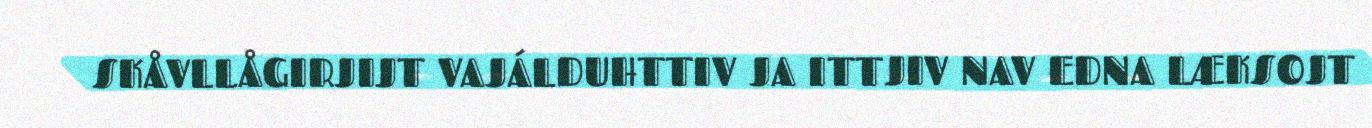
SKÅVLLÅGIRJIJT VAJÁLDUHTTIV JA ITTJIV NAV EDNA LÆKSOJT